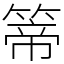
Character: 𥰆